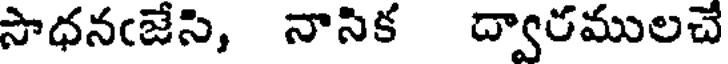
సాధనఁజేసి, నాసిక ద్వారములచే